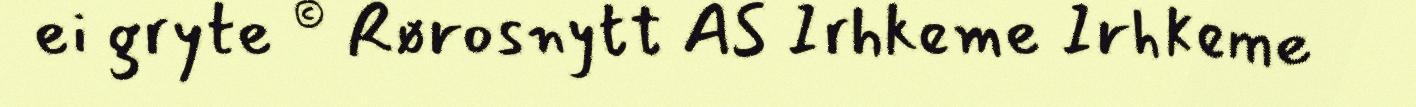
ei gryte © Rørosnytt AS Irhkeme Irhkeme